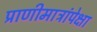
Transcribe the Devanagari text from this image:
प्राणीमात्रांपेक्षा